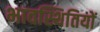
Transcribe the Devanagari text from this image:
भावस्थितियों